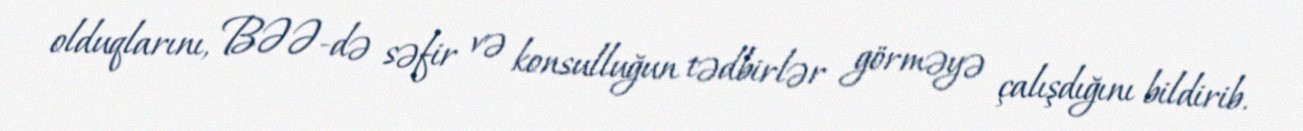
olduqlarını, BƏƏ-də səfir və konsulluğun tədbirlər görməyə çalışdığını bildirib.